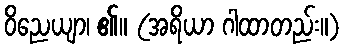
ဝိညေယျာ၊ ၏။ (အရိယာ ဂါထာတည်း။)